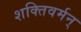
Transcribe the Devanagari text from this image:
शक्तिवर्मन्‌